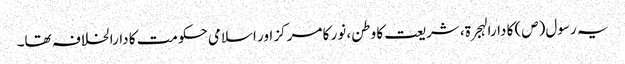
یہ رسول(ص) کا دارالہجرۃ، شریعت کا وطن، نور کا مرکز اور اسلامی حکومت کا دارالخلافہ تھا۔